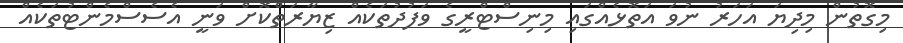
މިގޮތުން މިދިޔަ އަހަރު ނުވަ އަތޮޅެއްގައި މިނިސްޓްރީގެ ވަފުދުތަކެއް ޒިޔާރަތްކޮށް ވަނީ އެސެސްމެންޓުތަކެއް